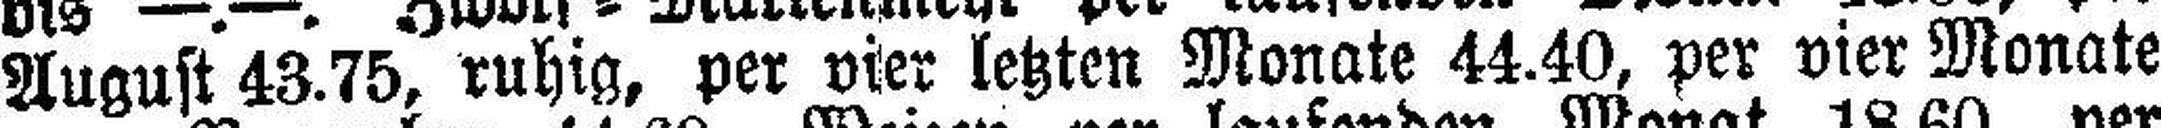
August 43.75, ruhig, per vier letzten Monate 44.40, per vier Monate